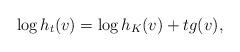
LaTeX: \begin{align*}\log h_t(v)=\log h_K(v)+tg(v),\end{align*}